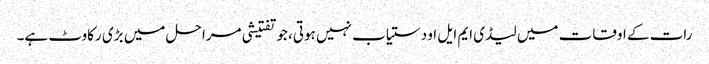
رات کے اوقات میں لیڈی ایم ایل او دستیاب نہیں ہوتی، جو تفتیشی مراحل میں بڑی رکاوٹ ہے۔